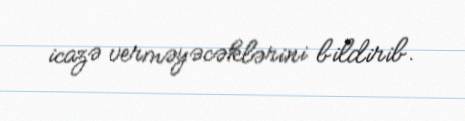
icazə verməyəcəklərini bildirib.